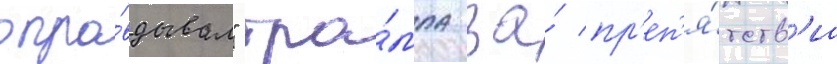
опра́вдывал" тра́мпа за́ пр'еп'я́тств'иа